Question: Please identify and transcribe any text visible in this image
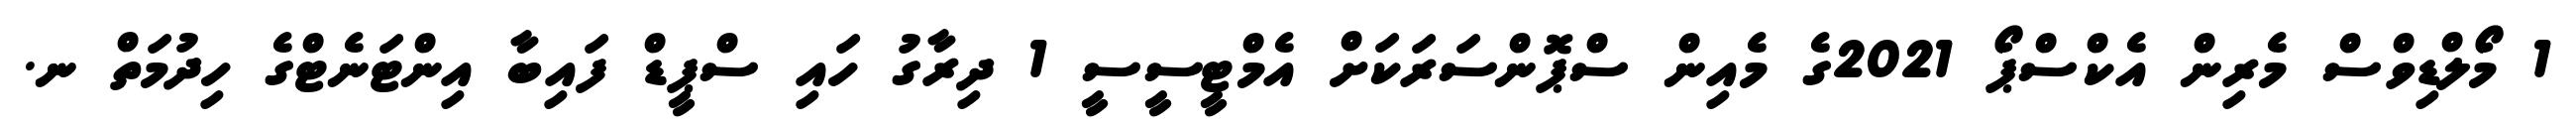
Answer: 1 މޯލްޑިވްސް މެރިން އެކްސްޕޯ 2021ގެ މެއިން ސްޕޮންސަރަކަށް އެމްޓީސީސީ 1 ދިރާގު ހައި ސްޕީޑް ފައިބާ އިންޓަނެޓްގެ ހިދުމަތް ނ.